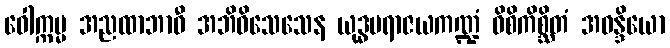
ဝေါက္ကမ္မ အညထာဘာဝီ အဘိဝိသေသေန ယုဒ္ဓပရာဇယကဏ္ဍံ ဝိစိကိစ္ဆိတံ အဝန္ဒိယော